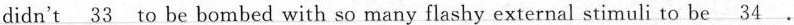
didn't \underline{33} to be bombed with so many flashy external stimuli to be \underline{34}